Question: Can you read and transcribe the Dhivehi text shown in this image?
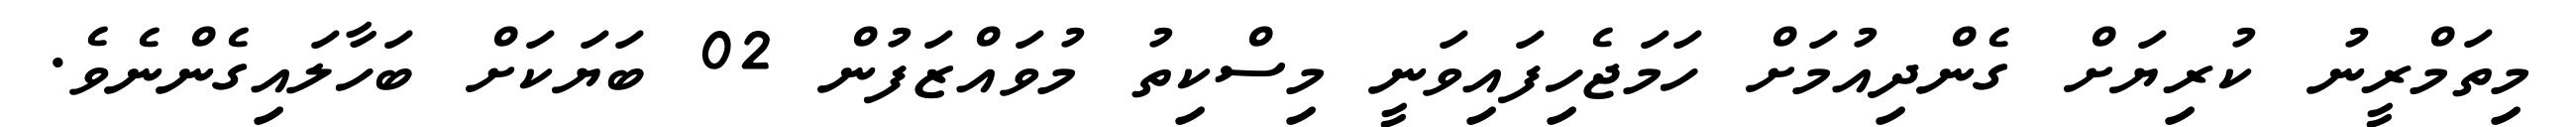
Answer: މިތަމްރީނު ކުރިޔަށް ގެންދިއުމަށް ހަމަޖެހިފައިވަނީ މިސްކިތު މުވައްޒަފުން 02 ބަޔަކަށް ބަހާލައިގެންނެވެ.